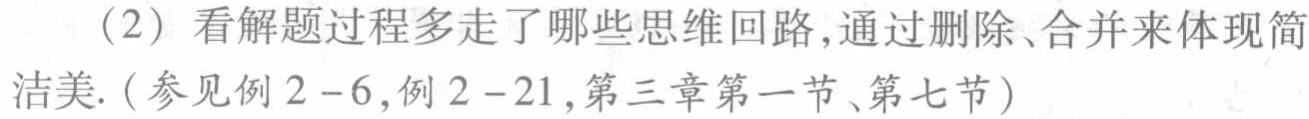
（2）看解题过程多走了哪些思维回路,通过删除、合并来体现简洁美.（参见例2 - 6,例2 - 21,第三章第一节、第七节）